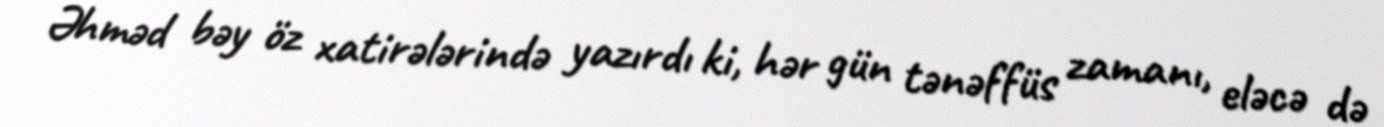
Əhməd bəy öz xatirələrində yazırdı ki, hər gün tənəffüs zamanı, eləcə də